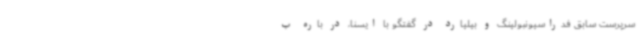
سرپرست سابق فدراسیونبولینگ و بیلیارد در گفتگو با ایسنا، در باره ب